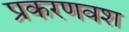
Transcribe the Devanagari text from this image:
प्रकरणवश